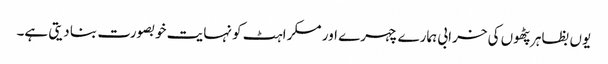
یوں بظاہر پٹھوں کی خرابی ہمارے چہرے اور مسکراہٹ کو نہایت خوبصورت بنا دیتی ہے۔